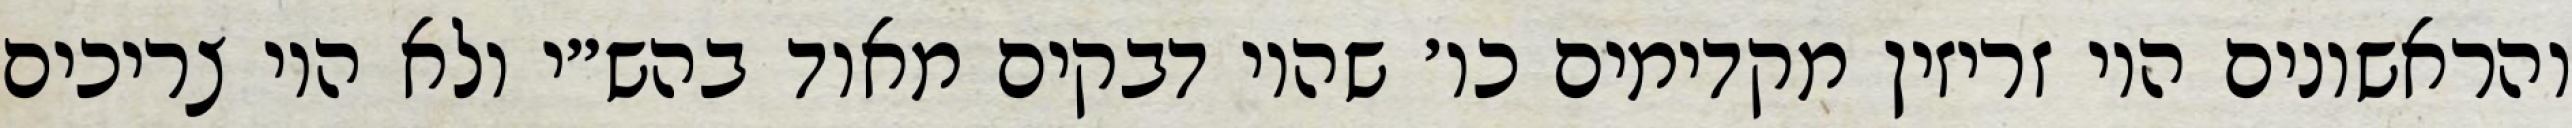
והראשונים היו זריזין מקדימים כו׳ שהיו דבקים מאוד בהש״י ולא היו צריכים